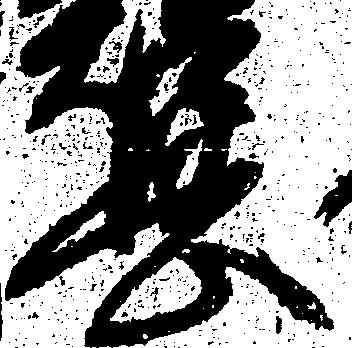
息